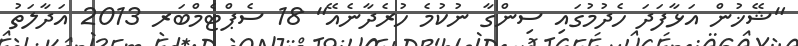
"ޝޭޚުން އަޅާފަދަ ހެދުމުގައި ސިންގާ ނުކުމެ ހުރެދާނެއޭ" 18 ސެޕްޓެމްބަރ 2013 އަދާލަތު